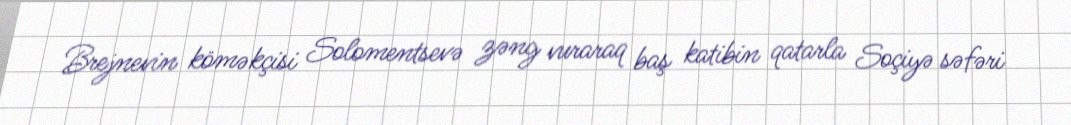
Brejnevin köməkçisi Solomentsevə zəng vuraraq baş katibin qatarla Soçiyə səfəri